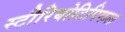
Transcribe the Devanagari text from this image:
स्टीरियोटिपिकल